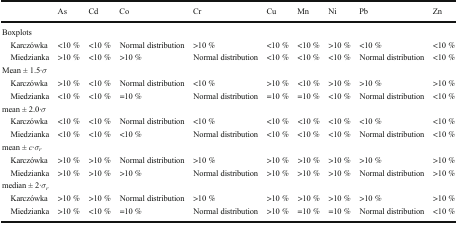
|  | As | Cd | Co | Cr | Cu | Mn | Ni | Pb | Zn |
 | --- | --- | --- | --- | --- | --- | --- | --- | --- | --- |
 | <COLSPAN=10> Boxplots |
 | Karczówka | <10 % | <10 % | Normal distribution | >10 % | <10 % | <10 % | >10 % | <10 % | <10 % |
 | Miedzianka | >10 % | <10 % | >10 % | Normal distribution | <10 % | <10 % | <10 % | Normal distribution | <10 % |
 | <COLSPAN=10> Mean ± 1.5·σ |
 | Karczówka | >10 % | <10 % | Normal distribution | <10 % | >10 % | <10 % | >10 % | >10 % | >10 % |
 | Miedzianka | <10 % | <10 % | =10 % | Normal distribution | =10 % | =10 % | <10 % | Normal distribution | <10 % |
 | <COLSPAN=10> mean ± 2.0·σ |
 | Karczówka | <10 % | <10 % | Normal distribution | <10 % | <10 % | <10 % | <10 % | <10 % | <10 % |
 | Miedzianka | <10 % | <10 % | <10 % | Normal distribution | <10 % | <10 % | <10 % | Normal distribution | <10 % |
 | <COLSPAN=10> mean ± c·σr |
 | Karczówka | >10 % | >10 % | Normal distribution | >10 % | >10 % | >10 % | >10 % | >10 % | >10 % |
 | Miedzianka | >10 % | >10 % | >10 % | Normal distribution | >10 % | >10 % | >10 % | Normal distribution | >10 % |
 | <COLSPAN=10> median ± 2·σr |
 | Karczówka | >10 % | >10 % | Normal distribution | >10 % | >10 % | >10 % | >10 % | >10 % | >10 % |
 | Miedzianka | >10 % | <10 % | =10 % | Normal distribution | >10 % | =10 % | =10 % | Normal distribution | <10 % |